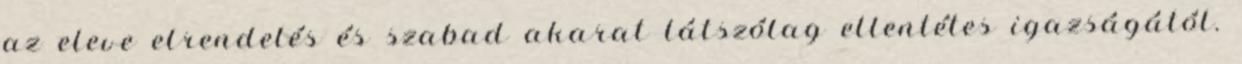
az eleve elrendelés és szabad akarat látszólag ellentétes igazságától.